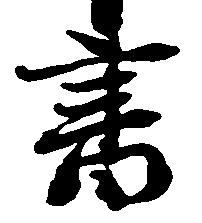
書